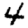
Digit: 4